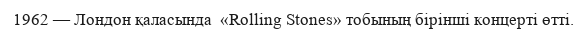
1962 — Лондон қаласында  «Rolling Stones» тобының бiрiншi концертi өттi.